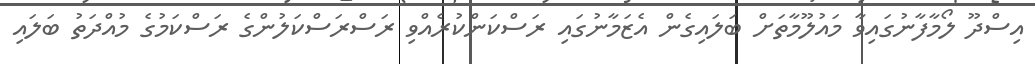
އިސްދޫ ލޯމާފާނުގައިވާ މައުލޫމާތަށް ބަލައިގެން އެޒަަމާނުގައި ރަސްކަންކުރެއްވި ރަސްރަސްކަލުންގެ ރަސްކަމުގެ މުއްދަތު ބަލައި